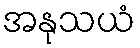
အနုသယံ